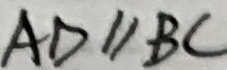
A D / / B C